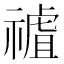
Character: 𥛜